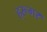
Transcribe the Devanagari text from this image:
हरूगर